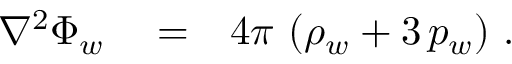
\begin{array} { r l r } { \nabla ^ { 2 } \Phi _ { w } } & { { } = } & { 4 \pi \, \left( \rho _ { w } + 3 \, p _ { w } \right) \, . } \end{array}